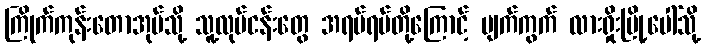
ကြိုက်ကုန်းတောအုပ်သို့ သူ့လုပ်ငန်းတွေ အရပ်ရပ်တို့ကြောင့် ပျက်ကွက် လားရှိုးမြို့ပေါ်သို့